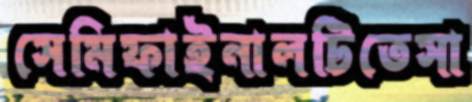
সেমিফাইনালটিতেসা